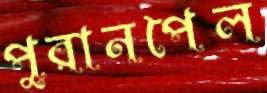
পুরানপৈল